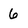
Character: 6